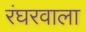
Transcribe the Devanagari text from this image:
रंघरवाला